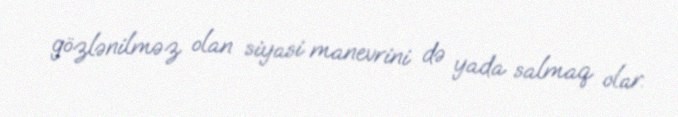
gözlənilməz olan siyasi manevrini də yada salmaq olar.